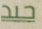
جيد